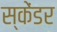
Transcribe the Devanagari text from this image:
स्केंडर